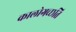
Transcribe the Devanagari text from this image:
कालोगच्छति